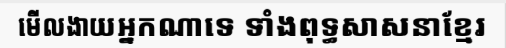
មើលងាយអ្នកណាទេ ទាំងពុទ្ធសាសនាខ្មែរ